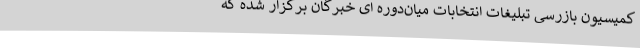
کمیسیون بازرسی تبلیغات انتخابات میان‌دوره ای خبرگان برگزار شده که